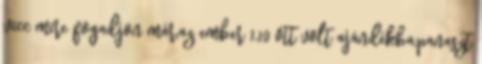
vicc mire fogadjon már,az ember 1,10 ott volt ajándékba,panaszt